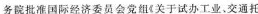
务院批准国际经济委员会党组《关于试办工业、交通托